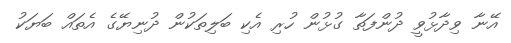
އޭނާ ވިދާޅުވީ ދުންފަތާ ގުޅުން ހުރި އެކި ބަލިތަކުން ދުނިޔޭގެ އެތައް ބަޔަކު